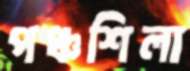
পঞ্চশিলা